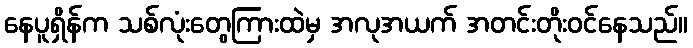
နေပူရှိန်က သစ်လုံးတွေကြားထဲမှ အလုအယက် အတင်းတိုးဝင်နေသည်။